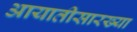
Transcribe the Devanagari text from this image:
आयातीसारख्या